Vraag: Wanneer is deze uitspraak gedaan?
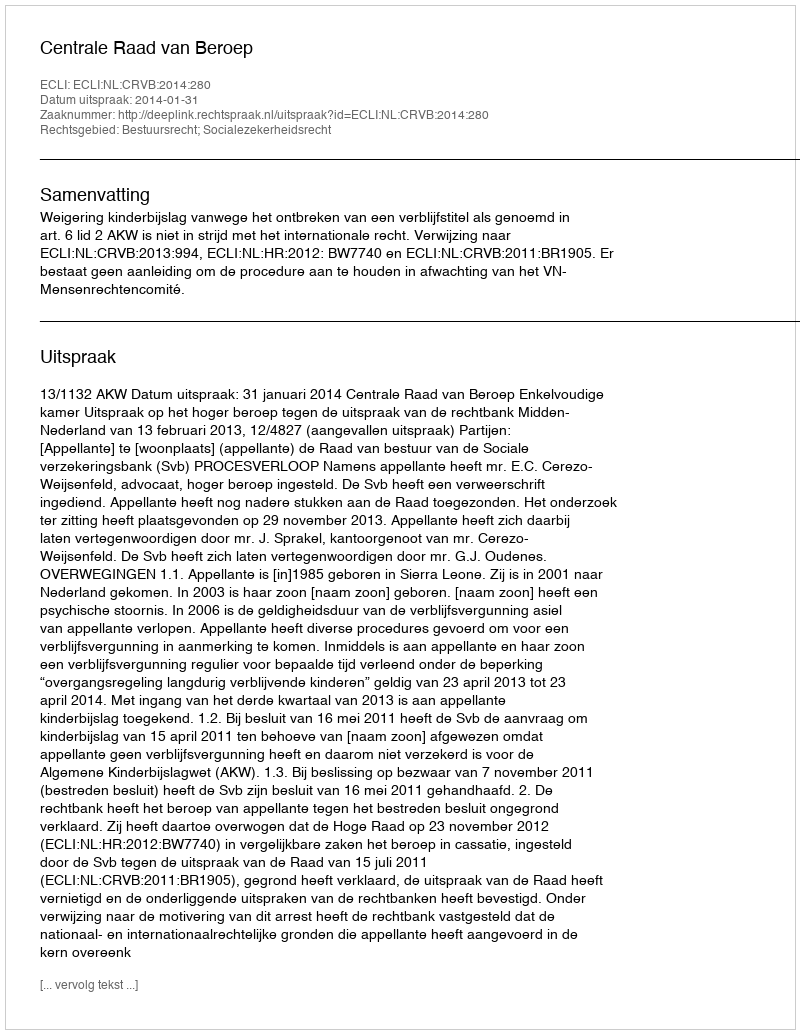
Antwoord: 2014-01-31